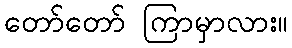
တော်တော် ကြာမှာလား။